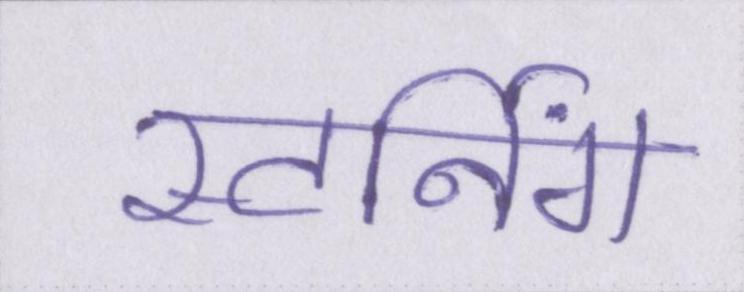
स्टर्निंग